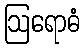
ဩရောဓံ